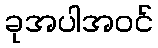
ခုအပါအဝင်